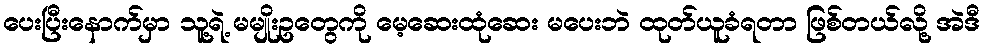
ပေးပြီးနောက်မှာ သူ့ရဲ့ မမျိုးဥတွေကို မေ့ဆေးထုံဆေး မပေးဘဲ ထုတ်ယူခံရတာ ဖြစ်တယ်လို့ အဲဒီ